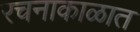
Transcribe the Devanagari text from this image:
रचनाकाळात